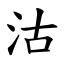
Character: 沽